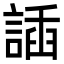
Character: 䛽